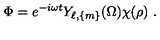
\Phi = e ^ { - i \omega t } Y _ { \ell , \{ m \} } ( \Omega ) \chi ( \rho ) \ .